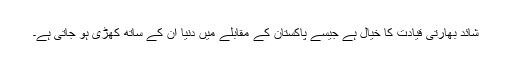
شائد بھارتی قیادت کا خیال ہے جیسے پاکستان کے مقابلے میں دنیا ان کے ساتھ کھڑی ہو جاتی ہے۔